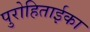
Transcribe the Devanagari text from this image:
पुरोहिताईका